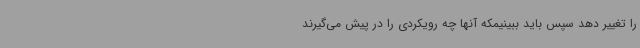
را تغییر دهد سپس باید ببینیمکه آنها چه رویکردی را در پیش می‌گیرند